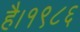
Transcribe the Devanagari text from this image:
है।१९८६